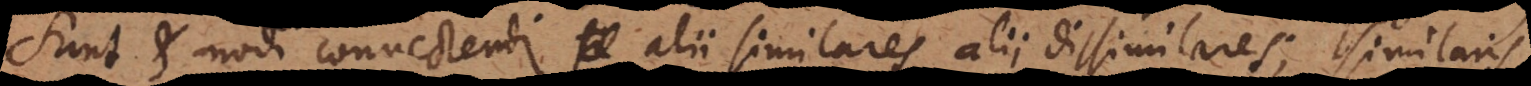
sunt et modi connectendi alii similares, alii dissimilares; similaris